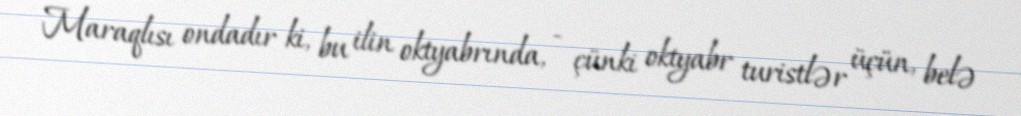
Maraqlısı ondadır ki, bu ilin oktyabrında, - çünki oktyabr turistlər üçün, belə